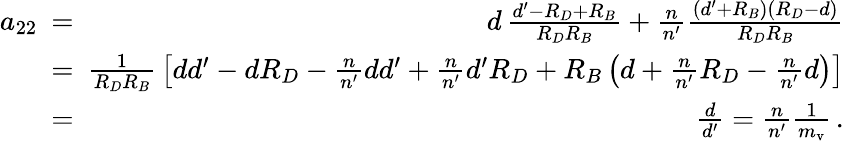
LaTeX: \begin{array}{rlr}{a_{22}\! \! \! }&{=}&{\! \! \! d\, {\frac{d^{\prime}-R_{D}+R_{B}}{R_{D}R_{B}}}+{\frac{n}{n^{\prime}}}{\frac{(d^{\prime}+R_{B})(R_{D}-d)}{R_{D}R_{B}}}}\\ &{=}&{\! \! \! {\frac{1}{R_{D}R_{B}}}\left[dd^{\prime}-dR_{D}-{\frac{n}{n^{\prime}}}dd^{\prime}+{\frac{n}{n^{\prime}}}d^{\prime}R_{D}+R_{B}\left(d+{\frac{n}{n^{\prime}}}R_{D}-{\frac{n}{n^{\prime}}}d\right)\right]}\\ &{=}&{\! \! \! {\frac{d}{d^{\prime}}}={\frac{n}{n^{\prime}}}{\frac{1}{m_{\mathrm{v}}}}\, .}\end{array}